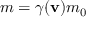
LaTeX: m = \gamma ( \mathbf { v } ) m _ { 0 }